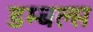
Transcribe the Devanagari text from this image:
डम्बल्स